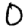
Digit: 0